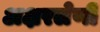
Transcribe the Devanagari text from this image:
अक्षरलेणी